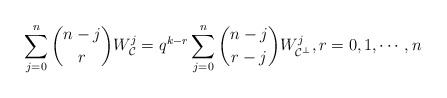
\begin{align*} \sum_{j=0}^n\binom{n-j}{r}W_{\mathcal{C}}^j = q^{k-r}\sum_{j=0}^n\binom{n-j}{r-j}W_{\mathcal{C}^{\perp}}^j, r = 0,1,\cdots,n\end{align*}